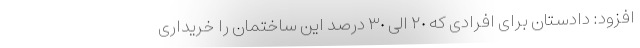
افزود: دادستان برای افرادی که ٢٠ الی ٣٠ درصد این ساختمان را خریداری